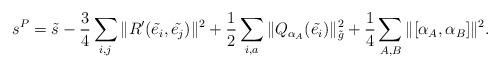
LaTeX: \begin{gather*}s^P=\tilde{s}-\frac{3}{4}\sum_{i,j}\|R'(\tilde{e_i},\tilde{e_j})\|^2+\frac{1}{2}\sum_{i,a}\|Q_{\alpha_A}(\tilde{e_i})\|^2_{\tilde{g}}+\frac{1}{4}\sum_{A,B}\|[\alpha_A,\alpha_B]\|^2.\end{gather*}